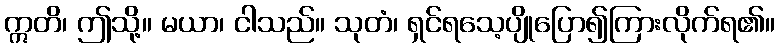
ဣတိ၊ ဤသို့။ မယာ၊ ငါသည်။ သုတံ၊ ရှင်ရသေ့ပျိုပြော၍ကြားလိုက်ရ၏။